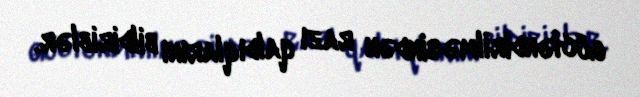
gücləndirilməsindən razı qaldıqlarını bildiriblər.